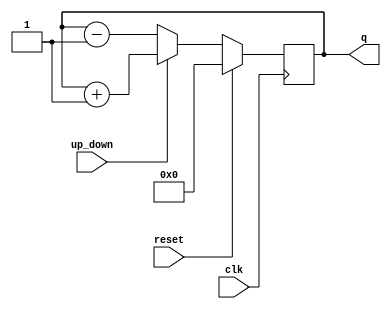
// Code your design here
module up_down_counter(q,up_down,clk,reset);
  parameter cnumber=8;
  output [cnumber - 1:0]q;
  input up_down,clk,reset;
  reg [cnumber - 1:0]q=0;
  always@(posedge clk)
    begin
      if(reset)
        begin
          q<=8'b0;
        end
      else if (up_down)
        begin
          q<=q+1;
        end
      else begin
        q<=q-1;
      end
    end
endmodule